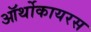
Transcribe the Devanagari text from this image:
ऑर्थोकायरस